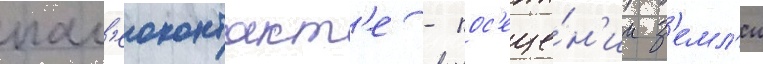
пал'еоконтакт'е - пос'еще́н'ии з'емл'и